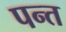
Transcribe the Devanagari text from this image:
पन्‍त